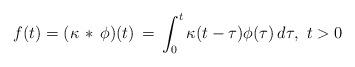
LaTeX: \begin{align*}f(t) = (\kappa\, *\, \phi)(t) \, = \, \int_0^t \kappa(t-\tau)\phi(\tau)\, d\tau,\ t>0\end{align*}